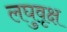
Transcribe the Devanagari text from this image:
लघुवृक्ष